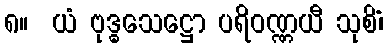
၈။  ယံ ဗုဒ္ဓသေဋ္ဌော ပရိဝဏ္ဏယီ သုစိံ၊